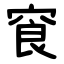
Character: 䆡